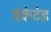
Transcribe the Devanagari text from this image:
ट्रंकेटेड